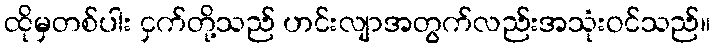
ထိုမှတစ်ပါး ငှက်တို့သည် ဟင်းလျာအတွက်လည်းအသုံးဝင်သည်။